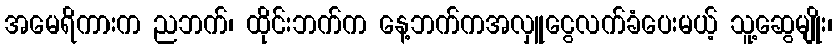
အမေရိကားက ညဘက်၊ ထိုင်းဘက်က နေ့ဘက်ကအလှူငွေလက်ခံပေးမယ့် သူ့ဆွေမျိုး၊